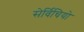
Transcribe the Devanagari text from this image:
सेर्विचियो